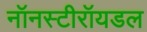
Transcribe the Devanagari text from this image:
नॉनस्टीरॉयडल